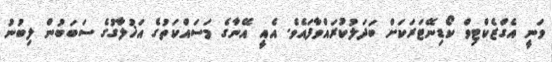
ވަނީ އެގްޒެކްޓިވް ކޯޑިނޭޓަރަކަށް ބަދަލުކުރައްވާފައެވެ. އެއީ އޭނާގެ މަސައްކަތުގެ އަޚުލާގުގެ ސަބަބުން ލިބުނު